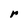
Character: r